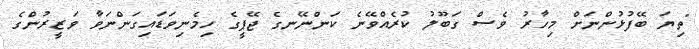
"ތިޔަ ބޭފުޅުންނަށް މިހާރު ވެސް ގަބޫލު ކުރެއްވޭނެ ކަންނޭނގެ ޖޭޕީގެ ހިމެނިވަޑައިގަންނަވާ ވަޒީރުންގެ